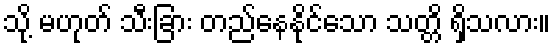
သို့ မဟုတ် သီးခြား တည်နေနိုင်သော သတ္တိ ရှိသလား။